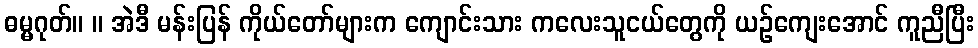
ဓမ္မဂုတ်။ ။ အဲဒီ မန်းပြန် ကိုယ်တော်များက ကျောင်းသား ကလေးသူငယ်တွေကို ယဉ်ကျေးအောင် ကူညီပြီး